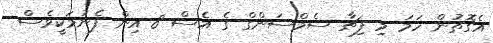
އެގޮތުން ހަމަ މި ފިޗާ ސެމްސަންގް ގެ އެސް 8 އިން ފެނުމަކީވެސް